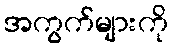
အကွက်များကို